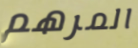
المرهم